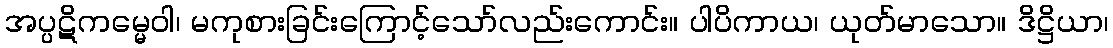
အပ္ပဋိကမ္မေဝါ၊ မကုစားခြင်းကြောင့်သော်လည်းကောင်း။ ပါပိကာယ၊ ယုတ်မာသော။ ဒိဋ္ဌိယာ၊